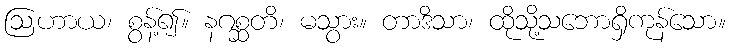
ဩဟာယ၊ စွန့်၍။ နဂစ္ဆတိ၊ မသွား။ တာဒိသာ၊ ထိုသို့သဘောရှိကုန်သော။